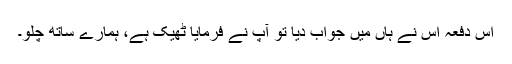
اس دفعہ اس نے ہاں میں جواب دیا تو آپؐ نے فرمایا ٹھیک ہے، ہمارے ساتھ چلو۔